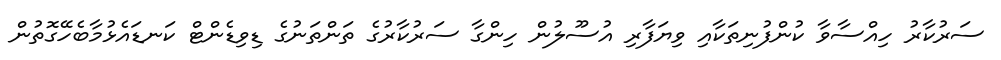
ސަރުކާރު ހިއްސާވާ ކުންފުނިތަކާއި ވިޔަފާރި އުސޫލުން ހިންގާ ސަރުކާރުގެ ތަންތަނުގެ ޑިވިޑެންޓް ކަނޑައެޅުމާބެހޭގޮތުން